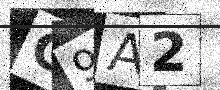
Text: C9A2